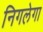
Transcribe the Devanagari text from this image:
निगलेगा